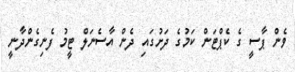
ވެން ޕާސީ ގެ ކެޕްޓަން ކަމުގެ ދަށުގައި ދެން އާސެނަލް ޓީމު ފެނިގެންދާނީ